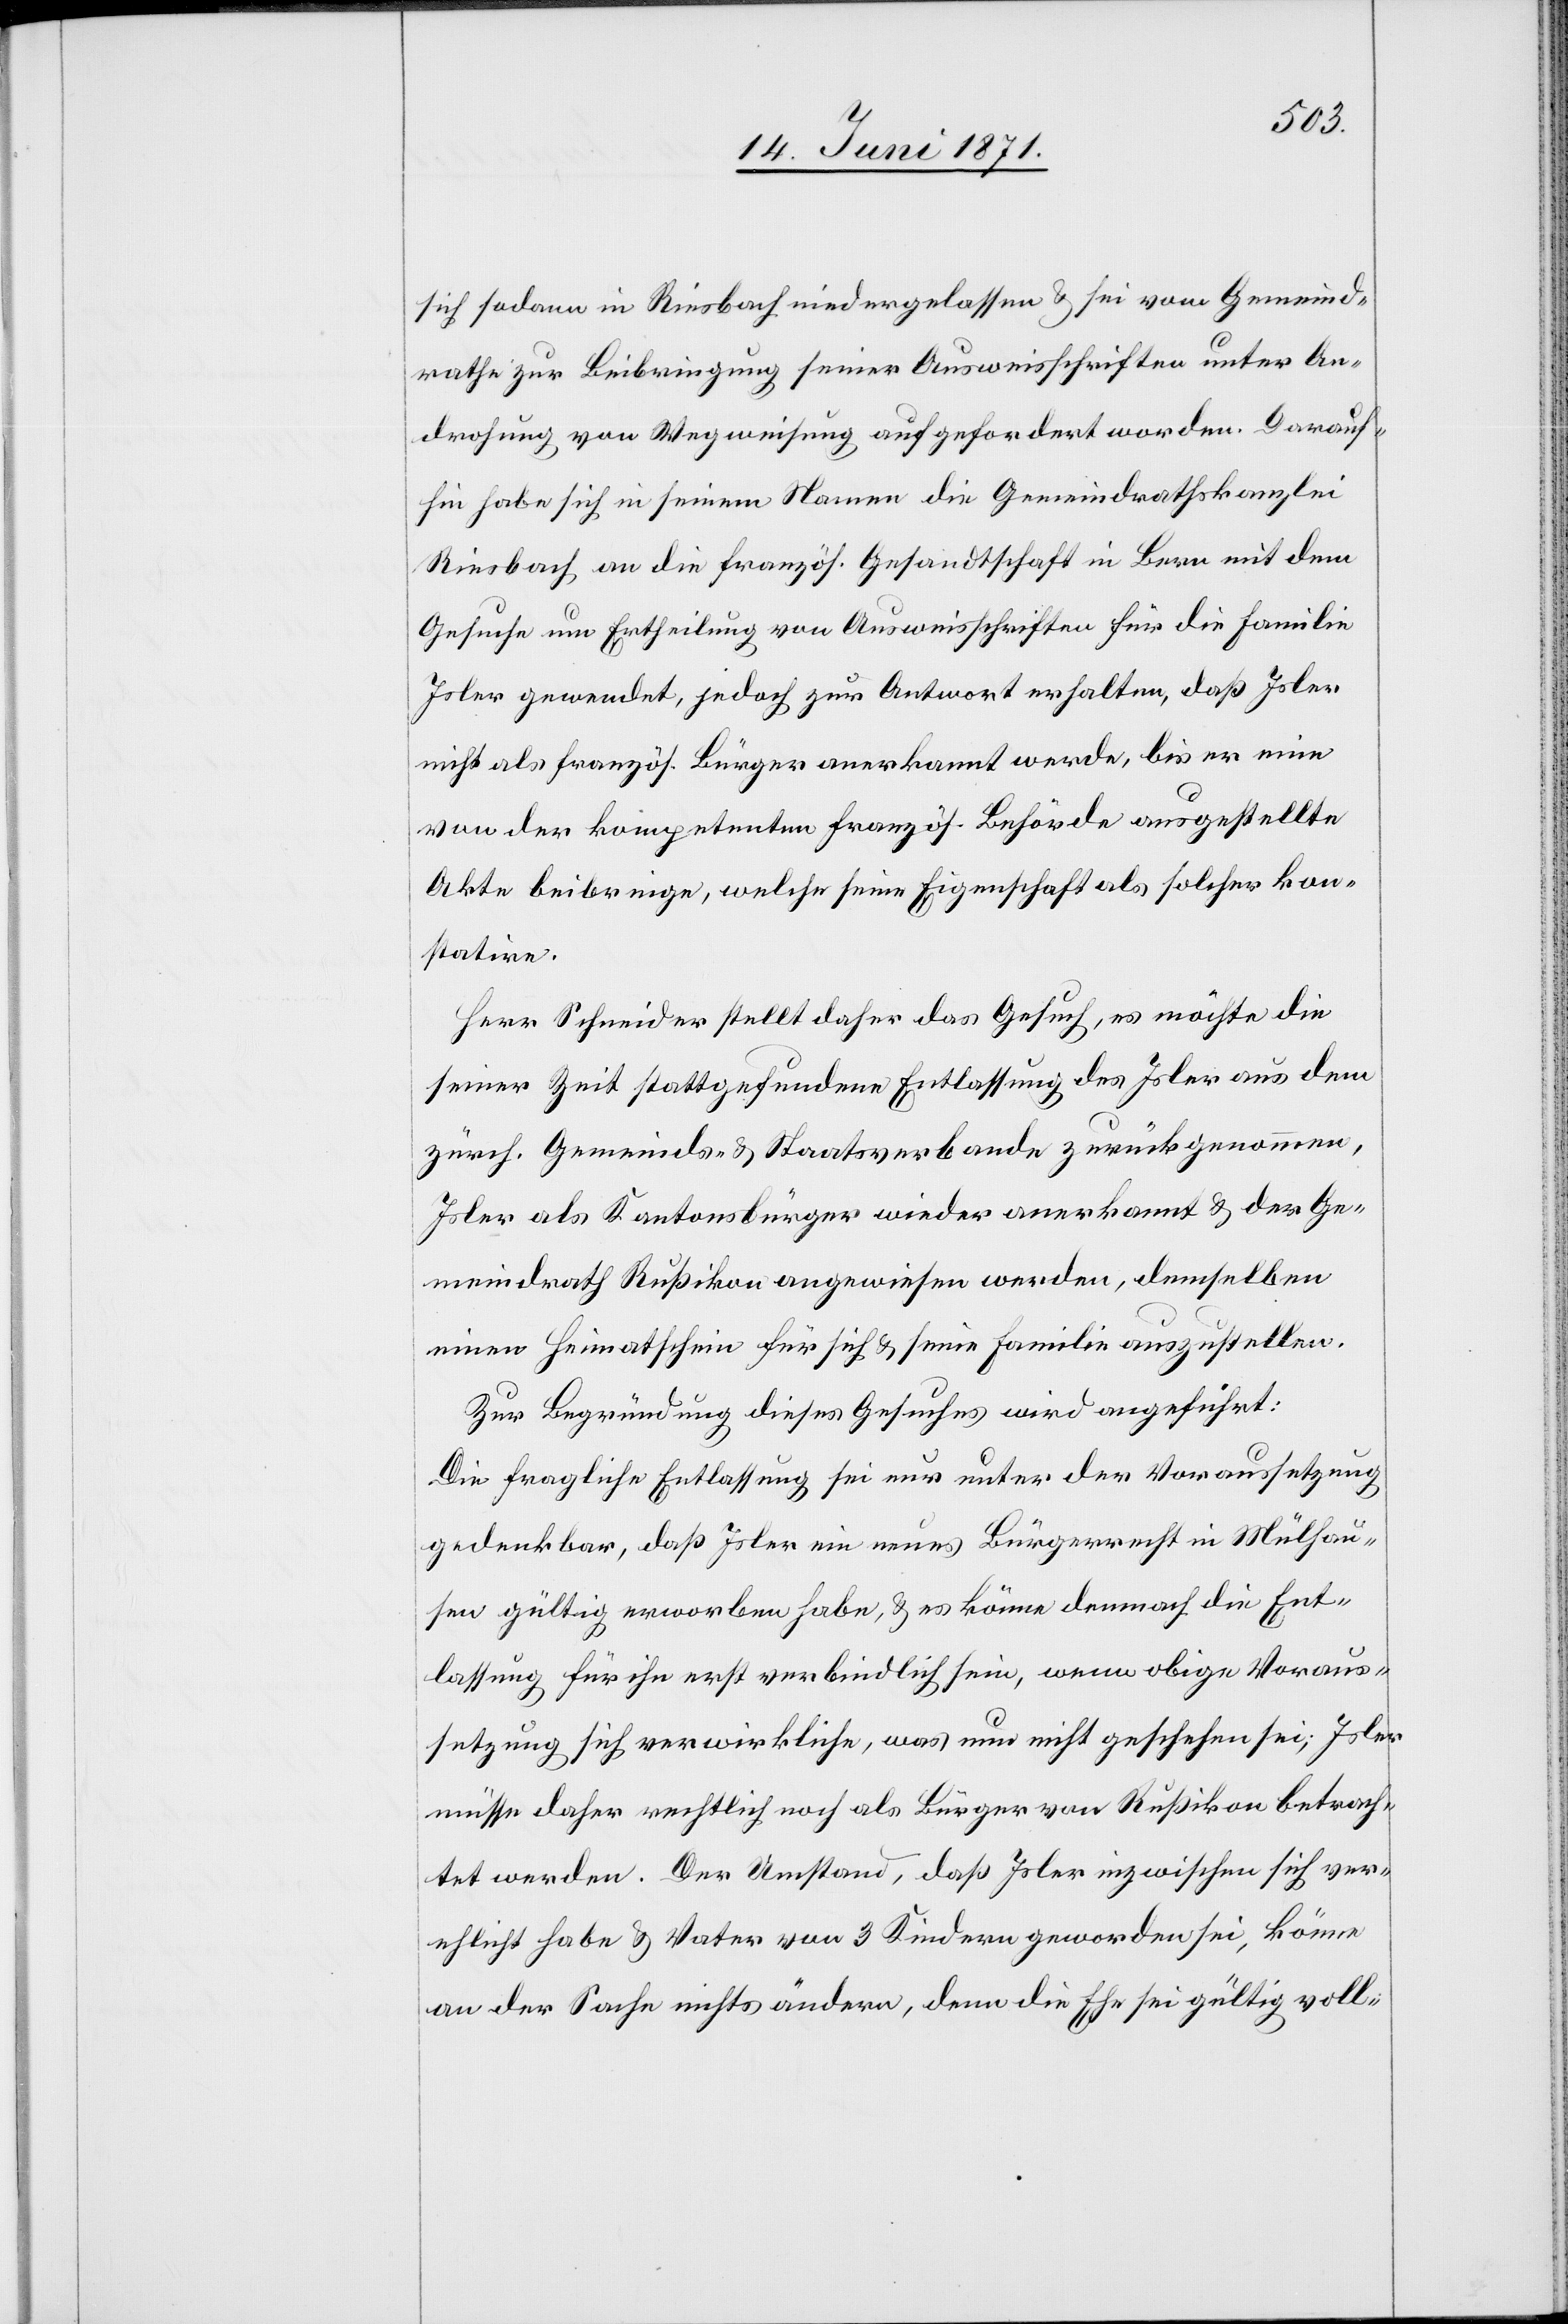
sich sodann in Riesbach niedergelassen u. sei vom Gemeind¬
rath zur Beibringung seiner Ausweisschriften unter An¬
drohung von Wegweisung aufgefordert worden. Darauf¬
hin habe sich in seinem Namen die Gemeindrathskanzlei
Riesbach an die französ. Gesandtschaft in Bern mit dem
Gesuche um Ertheilung von Ausweisschriften für die Familie
Isler gewendet, jedoch zur Antwort erhalten, daß Isler
nicht als französ. Bürger anerkannt werde, bis er eine
von der kompetenten französ. Behörde ausgestellte
Akte beibringe, welche seine Eigenschaft als solcher kon¬
statire.
Herr Schneider stellt das Gesuch, es möchte die seiner Zeit
zürch. Gemeinds- u. Staatsverbande zurückgenommen,
Isler als Kantonsbürger wieder anerkannt u. der Ge¬
meindrath Rußikon angewiesen werden, demselben
einen Heimatschein für sich u. seine Familie auszustellen.
Zur Begründung dieses Gesuches wird angeführt:
Die fragliche Entlassung sei nur unter der Voraussetzung
gedenkbar, daß Isler ein neues Bürgerrecht in Mülhau¬
sen gültig erworben habe, u. es könne demnach die Ent¬
lassung für ihn erst verbindlich sein, wenn obige Voraus¬
setzung sich verwirkliche, was nun nicht geschehen sei; Isler
müsse daher rechtlich noch als Bürger von Rußikon betrach¬
tet werden. Der Umstand, daß Isler inzwischen sich ver¬
ehlicht habe u. Vater von 3 Kindern geworden sei, könne
an der Sache nichts ändern, denn die Ehe sei gültig voll-